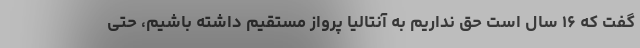
گفت که ۱۶ سال است حق نداریم به آنتالیا پرواز مستقیم داشته باشیم، حتی